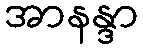
အာနန္ဒာ